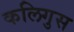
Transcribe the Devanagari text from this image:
कलिगुस